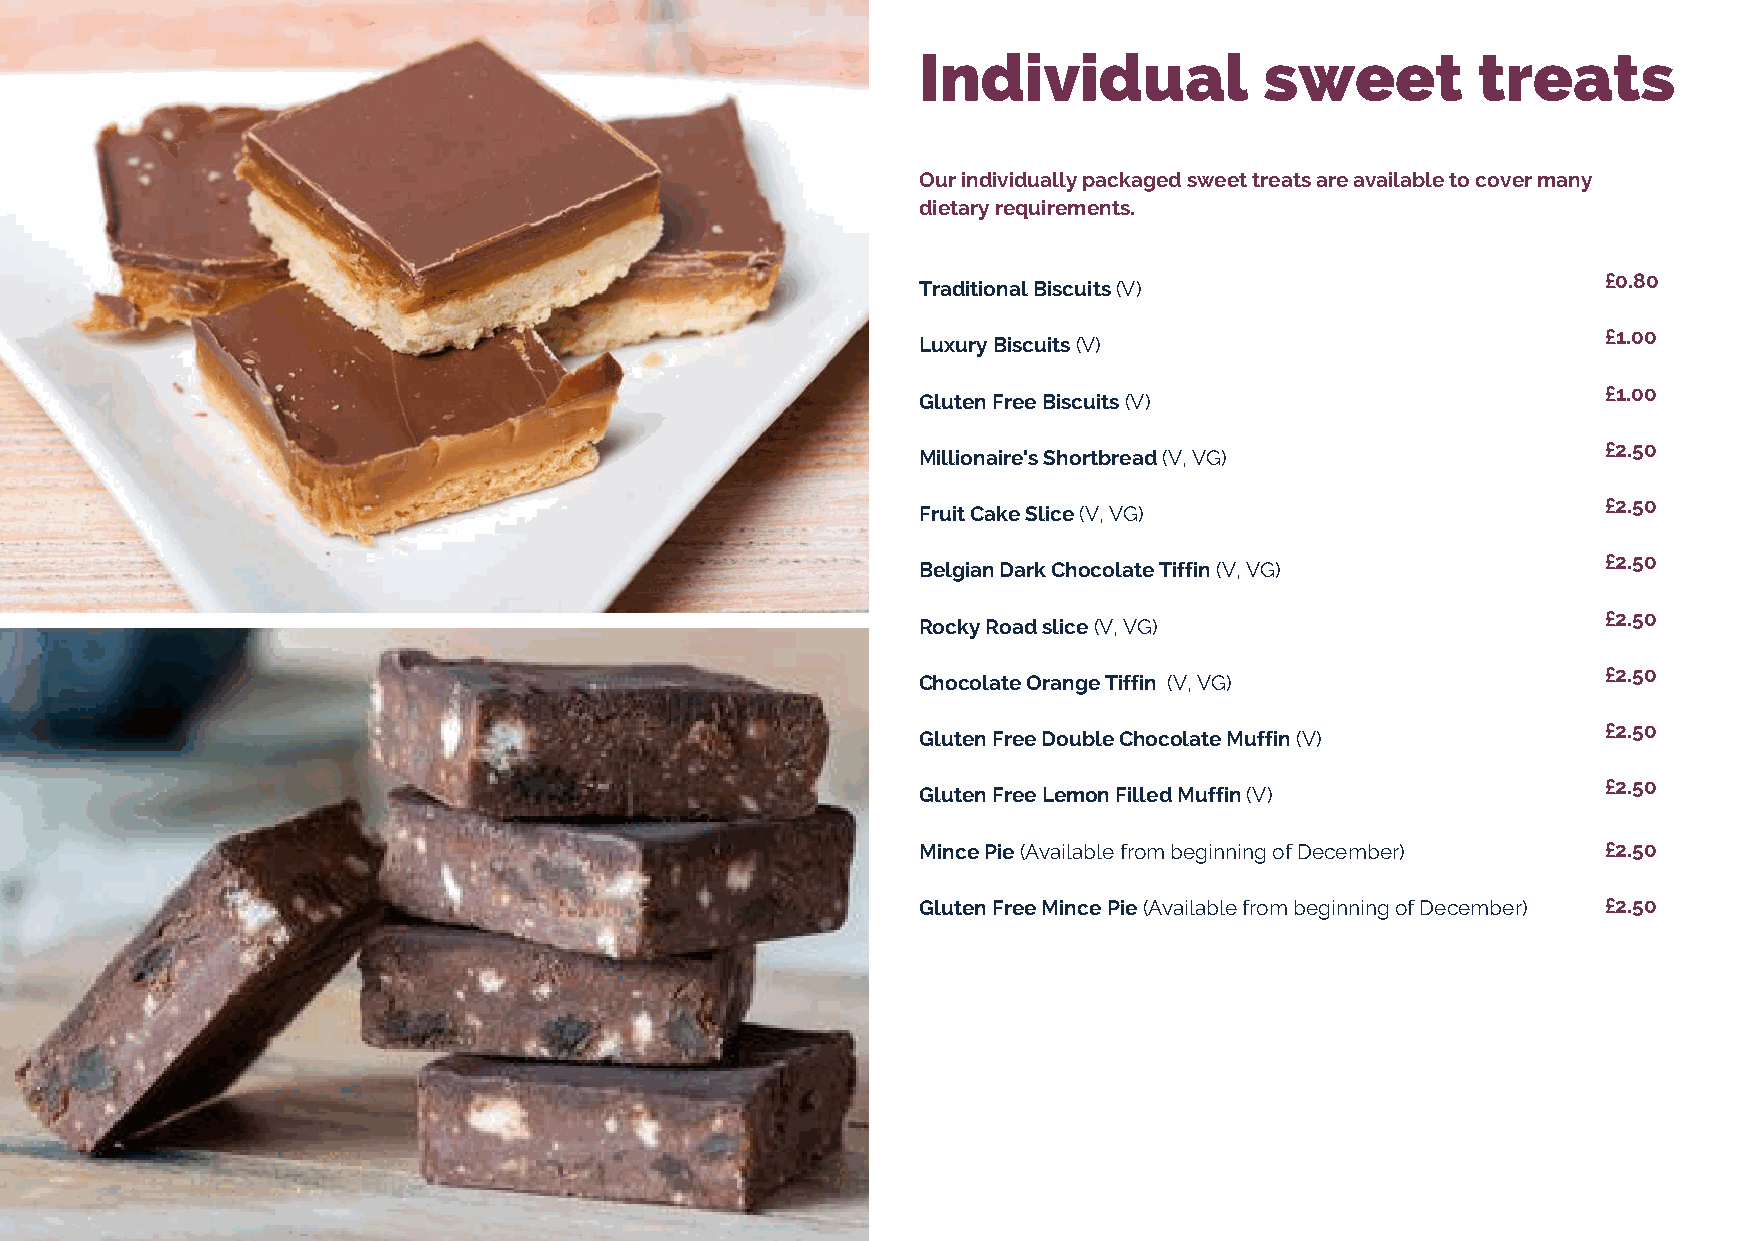
Individual             sweet         treats
 Our individually packaged sweet treats are available to cover many
 dietary requirements.
 £0.80
 Traditional Biscuits (V)
 £1.00
 Luxury Biscuits (V)
 £1.00
 Gluten Free Biscuits (V)
 £2.50
 Millionaire's Shortbread (V, VG)
 £2.50
 Fruit Cake Slice (V, VG)
 £2.50
 Belgian Dark Chocolate Tiffin (V, VG)
 £2.50
 Rocky Road slice (V, VG)
 £2.50
 Chocolate Orange Tiffin (V, VG)
 £2.50
 Gluten Free Double Chocolate Muffin (V)
 £2.50
 Gluten Free Lemon Filled Muffin (V)
 Mince Pie (Available from beginning of December) £2.50
 Gluten Free Mince Pie (Available from beginning of December) £2.50